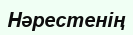
Нәрестенің